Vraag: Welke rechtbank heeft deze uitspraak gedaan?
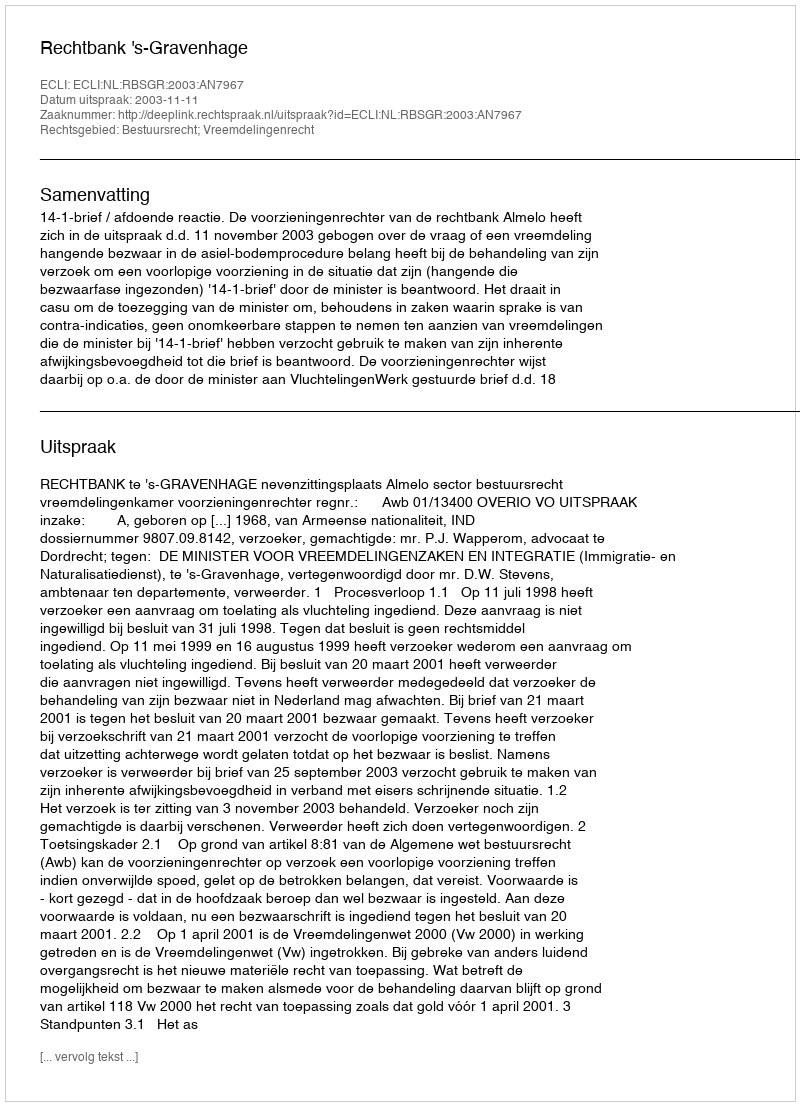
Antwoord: Rechtbank 's-Gravenhage